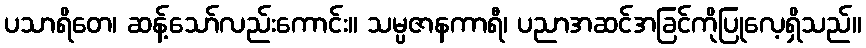
ပသာရိတေ၊ ဆန့်သော်လည်းကောင်း။ သမ္ပဇာနကာရီ၊ ပညာအဆင်အခြင်ကိုပြုလေ့ရှိသည်။